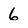
Character: 6